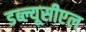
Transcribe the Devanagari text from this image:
डब्ल्यूसीएल